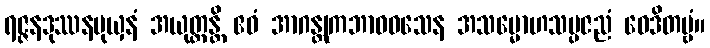
ရဇ္ဇနဒုဿနမုယှနံ အယုတ္တန္တိ ဧဝံ အာဂန္တုကဘာဝဝသေန အသမ္မောဟသမ္ပဇညံ ဝေဒိတဗ္ဗံ။